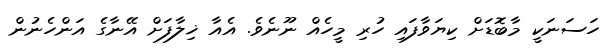
ހަސަނަކީ މާބޮޑަށް ކިޔަވާފައި ހުރި މީހެއް ނޫނެވެ. އެއާ ޚިލާފަށް އޭނާގެ އަންހެނުން